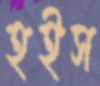
হইস